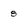
Character: 8